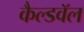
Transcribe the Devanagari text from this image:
कैल्डवॅल